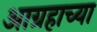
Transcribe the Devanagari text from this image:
आग्रहाच्या